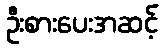
ဦးစားပေးအဆင့်